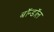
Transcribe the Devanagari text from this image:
बॉन्डॉल